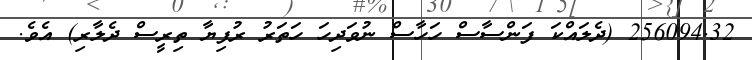
256094.32 (ދެލައްކަ ފަންސާސް ހަހާސް ނުވަދިހަ ހަތަރު ރުފިޔާ ތިރީސް ދެލާރި) އެވެ.